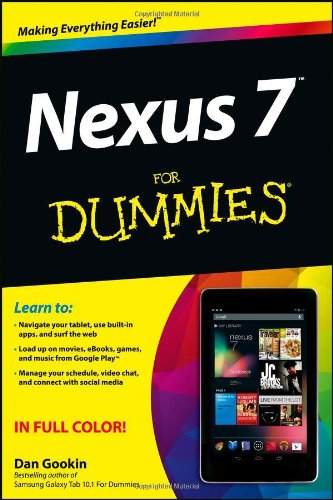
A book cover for Nexus 7 For Dummies (Google Tablet); Dan Gookin; Computers & Technology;